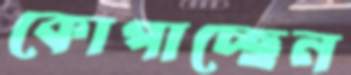
কোপাচ্ছেন